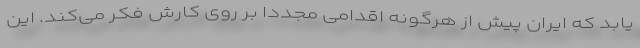
یابد که ایران پیش از هرگونه اقدامی مجددا بر روی کارش فکر می‌کند. این